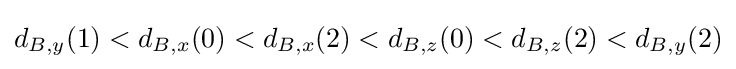
d_{B,y}(1)<d_{B,x}(0)<d_{B,x}(2)<d_{B,z}(0)<d_{B,z}(2)<d_{B,y}(2)